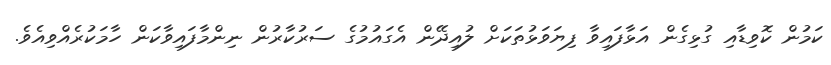
ކަމުން ކޮވިޑާއި ގުޅިގެން އަޅާފައިވާ ފިޔަވަޅުތަކަށް ލުއިދޭން އެގައުމުގެ ސަރުކާރުން ނިންމާފައިވާކަން ހާމަކުރެއްވިއެވެ.